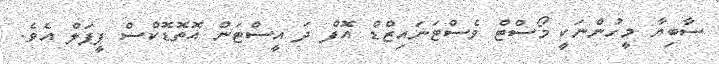
ސާބިޔާ މީހުންނަކީ މޯސްޓް ވެސްޓަނައިޒްޑް އޮފް ދަ އީސްޓަން އޮތޮޑޮކްސް ޕީޕަލް އެވެ.